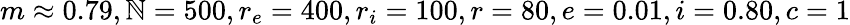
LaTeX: m\approx0.79,\mathbb{N}=500,r_{e}=400,r_{i}=100,r=80,e=0.01,i=0.80,c=1